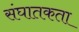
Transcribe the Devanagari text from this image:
संघातकता